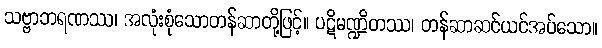
သဗ္ဗာဘရဏဿ၊ အလုံးစုံသောတန်ဆာတို့ဖြင့်။ ပဋိမဏ္ဍိတဿ၊ တန်ဆာဆင်ယင်အပ်သော။